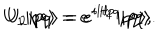
U _ { 1 } | p q \rangle = e ^ { - i l p } | p q \rangle , \hspace { 1 c m } U _ { 2 } | p q \rangle = e ^ { i l \tau _ { 2 } q } | p q \rangle .